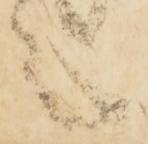
言